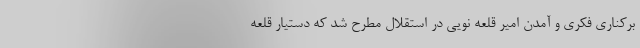
برکناری فکری و آمدن امیر قلعه نویی در استقلال مطرح شد که دستیار قلعه